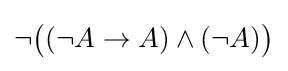
\neg {\big (}(\neg A\to A)\land (\neg A){\big )}